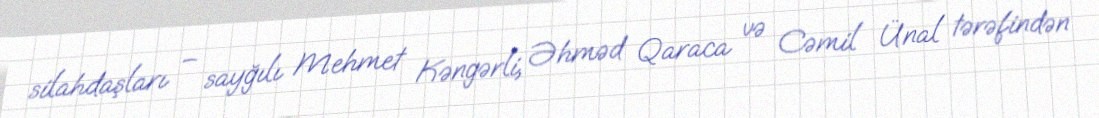
silahdaşları – sayğılı Mehmet Kəngərli, Əhməd Qaraca və Cəmil Ünal tərəfindən